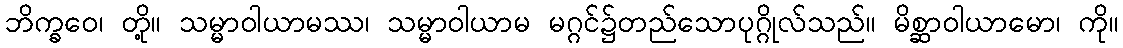
ဘိက္ခဝေ၊ တို့။ သမ္မာဝါယာမဿ၊ သမ္မာဝါယာမ မဂ္ဂင်၌တည်သောပုဂ္ဂိုလ်သည်။ မိစ္ဆာဝါယာမော၊ ကို။